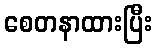
စေတနာထားပြီး